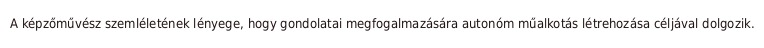
A képzőművész szemléletének lényege, hogy gondolatai megfogalmazására autonóm műalkotás létrehozása céljával dolgozik.